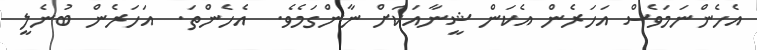
އެހެންނަމަވެސް އަހަރެން އެކަން ޝީނާއަކަށް ނާންގަމެވެ.  އެހެންތަ.  އަހަރެން ބުނެލީ